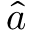
\hat { a }